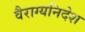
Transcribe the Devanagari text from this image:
वैराग्यनिदेश